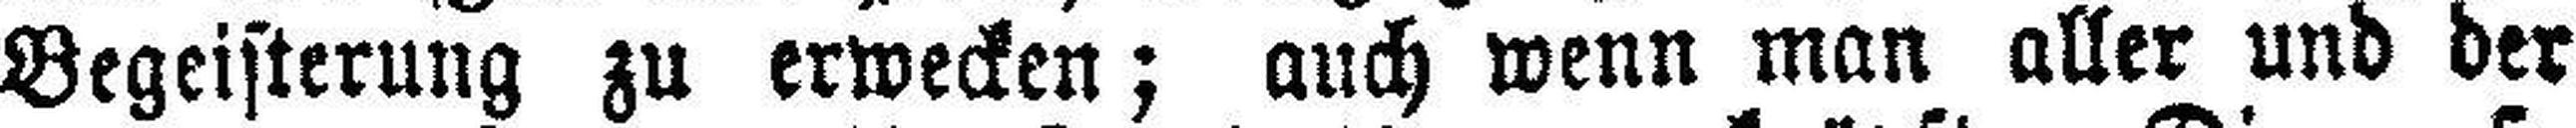
Begeisterung zu erwecken; auch wenn man aller und der